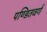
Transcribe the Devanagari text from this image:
पण्डितवर्ग